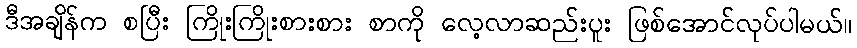
ဒီအချိန်က စပြီး ကြိုးကြိုးစားစား စာကို လေ့လာဆည်းပူး ဖြစ်အောင်လုပ်ပါမယ်။